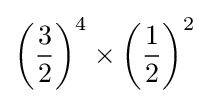
\left({\frac {3}{2}}\right)^{4}\times \left({\frac {1}{2}}\right)^{2}